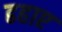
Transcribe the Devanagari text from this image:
ढहाए